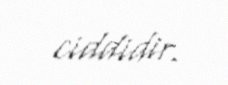
ciddidir.